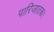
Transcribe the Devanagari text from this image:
पारिजातक।